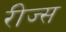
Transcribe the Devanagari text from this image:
रीज्स